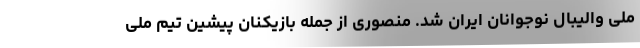
ملی والیبال نوجوانان ایران شد. منصوری از جمله بازیکنان پیشین تیم ملی